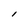
Character: l